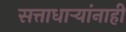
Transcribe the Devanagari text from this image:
सत्ताधाऱ्यांनाही